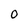
Character: O